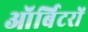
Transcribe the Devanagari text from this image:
ऑर्बिटरों